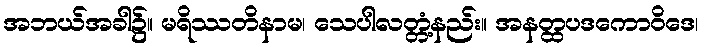
အဘယ်အခါ၌။ မရိဿတိနာမ၊ သေပါလတ္တံ့နည်း။ အနတ္ထပဒကောဝိဒေ၊